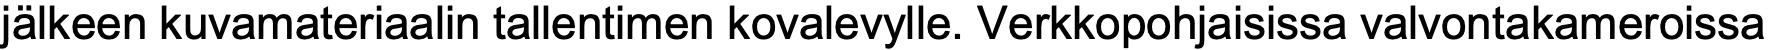
jälkeen kuvamateriaalin tallentimen kovalevylle. Verkkopohjaisissa valvontakameroissa